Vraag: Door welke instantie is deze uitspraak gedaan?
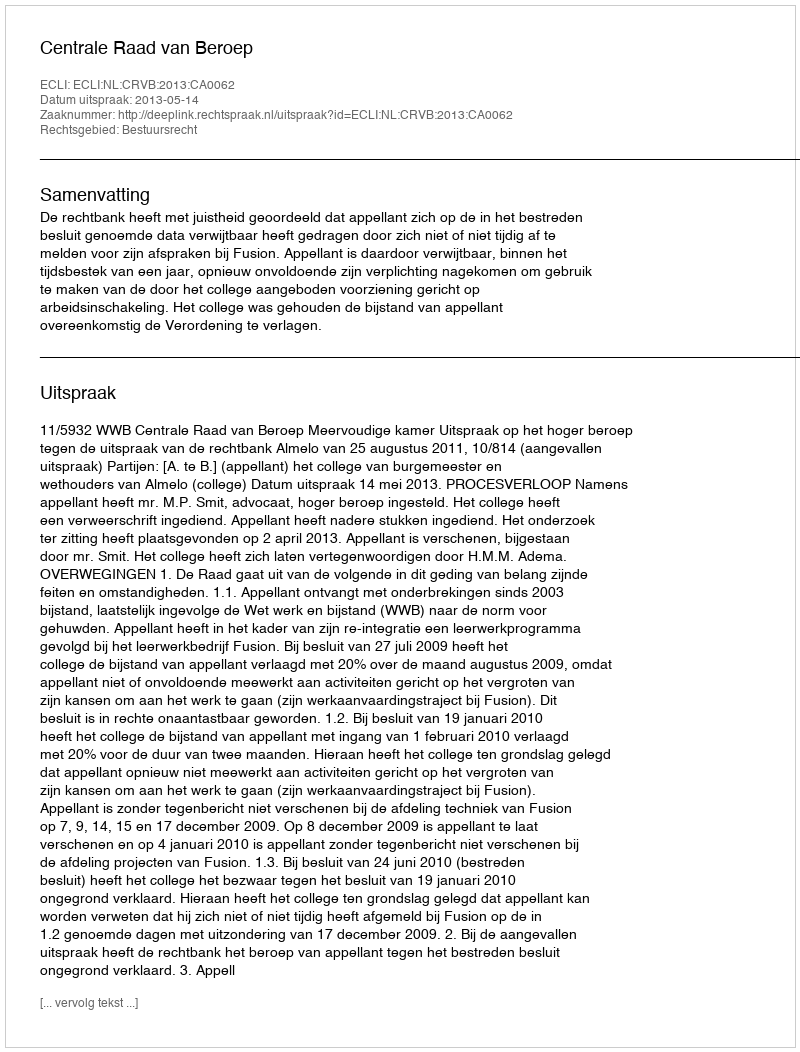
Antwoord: Centrale Raad van Beroep